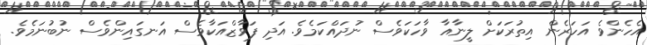
އެހެންވެ އަހަރެން އިތުރަކަށް ލީނާއާ ވާހަކަވެސް ނުދައްކަމެވެ. އަދި ފަވާޒްއަކާވެސް އަނގައިންވެސް ނުބުނަމެވެ.